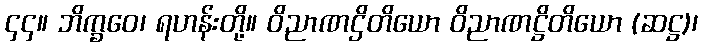
၄၄။ ဘိက္ခဝေ၊ ရဟန်းတို့။ ဝိညာဏဌိတိယော ဝိညာဏဋ္ဌိတိယော (ဆဋ္ဌ)၊